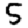
Digit: 5